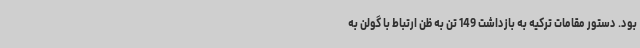
بود. دستور مقامات ترکیه به بازداشت 149 تن به ظن ارتباط با گولن به